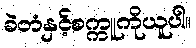
ခဲတံနှင့်စက္ကူကိုယူပါ။